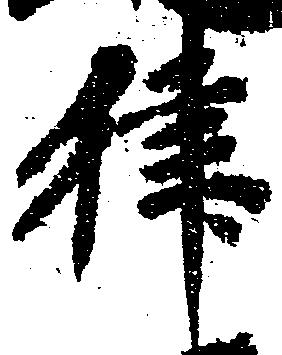
律